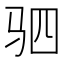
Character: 驷